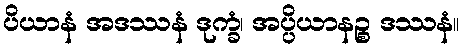
ပိယာနံ အဒဿနံ ဒုက္ခံ၊ အပ္ပိယာနဉ္စ ဒဿနံ။